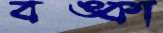
বঙ্কা